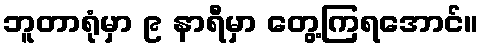
ဘူတာရုံမှာ ၉ နာရီမှာ တွေ့ကြရအောင်။